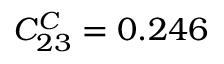
C _ { 2 3 } ^ { C } = 0 . 2 4 6